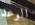
الوعد